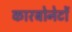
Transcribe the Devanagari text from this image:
कारबोनेटों